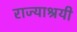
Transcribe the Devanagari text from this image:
राज्याश्रयी